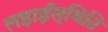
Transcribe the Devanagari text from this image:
लड़ाईस्थिति